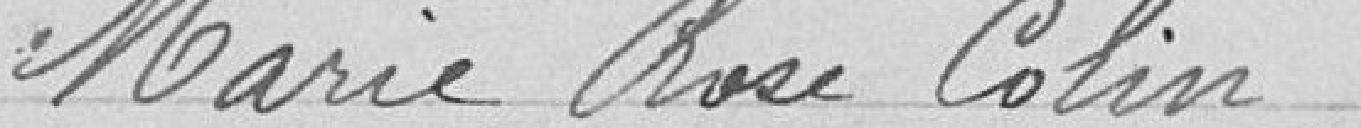
Marie Rose Colin